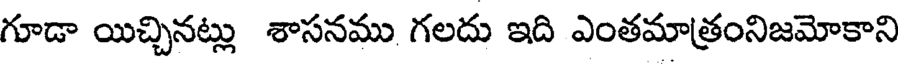
గూడా యిచ్చినట్లు శాసనము గలదు ఇది ఎంతమాత్రంనిజమోకాని